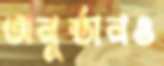
অনুষ্ঠানও